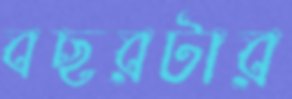
বছরটার